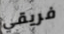
فريقي